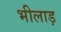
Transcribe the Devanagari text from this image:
भीलाड़